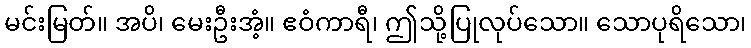
မင်းမြတ်။ အပိ၊ မေးဦးအံ့။ ဧဝံကာရီ၊ ဤသို့ပြုလုပ်သော။ သောပုရိသော၊